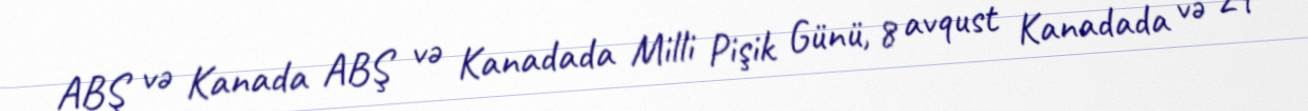
ABŞ və Kanada ABŞ və Kanadada Milli Pişik Günü, 8 avqust Kanadada və 29